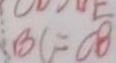
B C = C B